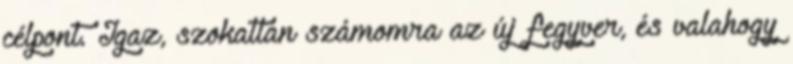
célpont. Igaz, szokatlan számomra az új fegyver, és valahogy